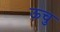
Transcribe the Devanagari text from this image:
ऊचु